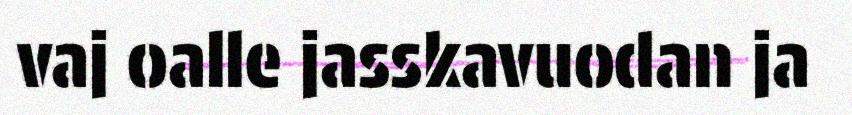
vaj oalle jasskavuodan ja